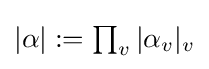
\textstyle |\alpha |:=\prod _{v}|\alpha _{v}|_{v}